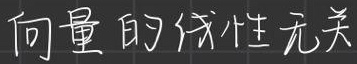
向量的线性无关